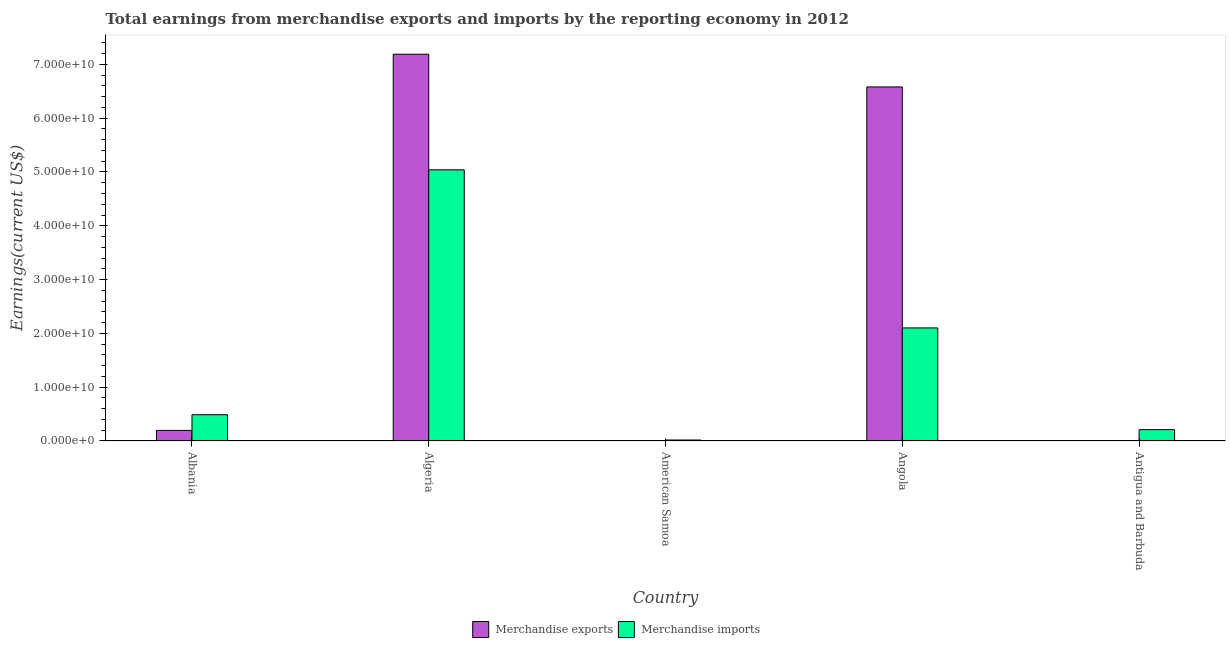
| Country | Merchandise exports | Merchandise imports |
 | --- | --- | --- |
 | Albania | 1.97e+09 | 4.88e+09 |
 | Algeria | 7.19e+10 | 5.04e+10 |
 | American Samoa | 4.64e+07 | 1.83e+08 |
 | Angola | 6.58e+10 | 2.1e+10 |
 | Antigua and Barbuda | 7.62e+07 | 2.11e+09 |